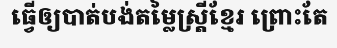
ធ្វើឲ្យបាត់បង់តម្លៃស្ត្រីខ្មែរ ព្រោះតែ